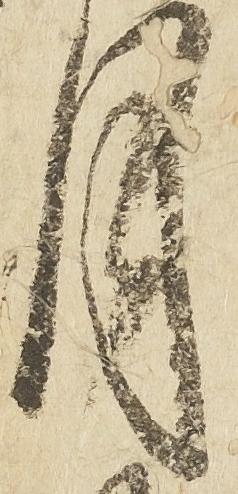
月